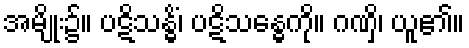
အမျိုး၌။ ပဋိသန္ဓိံ၊ ပဋိသန္ဓေကို။ ဂဏှိ၊ ယူ၏။